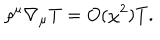
LaTeX: \rho ^ { \mu } \nabla _ { \mu } T = O ( \chi ^ { 2 } ) T .